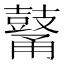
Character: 𪔜